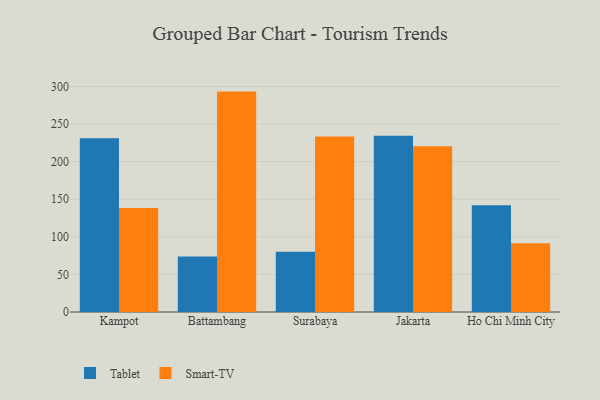
{"axis": {"x": "City", "y": "Shipments"}, "legend": ["Smart-TV", "Tablet"], "data": [{"x": "Kampot", "y": 231.3, "type": "Tablet"}, {"x": "Kampot", "y": 138.3, "type": "Smart-TV"}, {"x": "Battambang", "y": 74.0, "type": "Tablet"}, {"x": "Battambang", "y": 293.3, "type": "Smart-TV"}, {"x": "Surabaya", "y": 80.1, "type": "Tablet"}, {"x": "Surabaya", "y": 233.4, "type": "Smart-TV"}, {"x": "Jakarta", "y": 234.7, "type": "Tablet"}, {"x": "Jakarta", "y": 220.5, "type": "Smart-TV"}, {"x": "Ho Chi Minh City", "y": 142.0, "type": "Tablet"}, {"x": "Ho Chi Minh City", "y": 91.6, "type": "Smart-TV"}]}